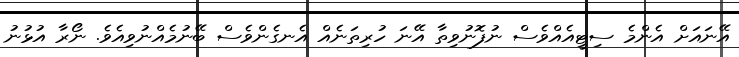
އޭނައަށް އެންމެ ސިޓީއެއްވެސް ނުފޮނުވިތާ އޭނަ ހުރިތަނެއް އެނގެންވެސް ބޭނުމެއްނުވިއެވެ. ނޯރާ އުޅުނު